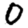
Digit: 0